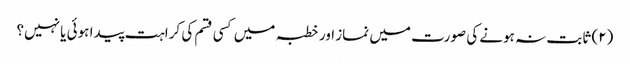
(۲) ثابت نہ ہونے کی صورت میں نماز اور خطبہ میں کسی قسم کی کراہت پیدا ہوئی یا نہیں؟